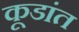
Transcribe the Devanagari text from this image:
कूडांत